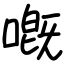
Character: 嘅